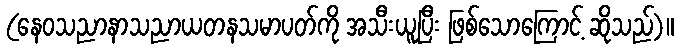
(နေဝသညာနာသညာယတနသမာပတ်ကို အသီးယူပြီး ဖြစ်သောကြောင့် ဆိုသည်)။